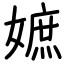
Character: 嫬